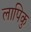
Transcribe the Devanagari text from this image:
लापिकु